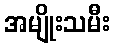
အမျိုးသမီး